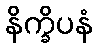
နိက္ခိပနံ